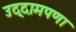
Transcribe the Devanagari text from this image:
उद्दामपणा